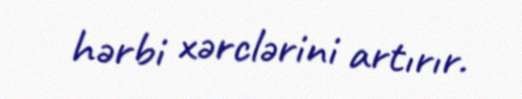
hərbi xərclərini artırır.